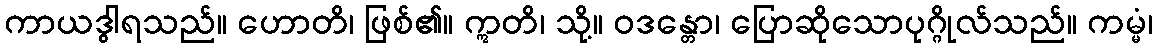
ကာယဒွါရသည်။ ဟောတိ၊ ဖြစ်၏။ ဣတိ၊ သို့။ ဝဒန္တော၊ ပြောဆိုသောပုဂ္ဂိုလ်သည်။ ကမ္မံ၊